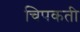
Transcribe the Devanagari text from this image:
चिपकती